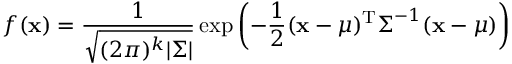
f ( \mathbf { x } ) = { \frac { 1 } { \sqrt { ( 2 \pi ) ^ { k } | { \boldsymbol { \Sigma } } | } } } \exp \left( - { \frac { 1 } { 2 } } ( \mathbf { x } - { \boldsymbol { \mu } } ) ^ { \mathrm { { T } } } { \boldsymbol { \Sigma } } ^ { - 1 } ( { \mathbf { x } } - { \boldsymbol { \mu } } ) \right)